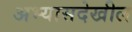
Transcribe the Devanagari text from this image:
अभ्यासदेखील